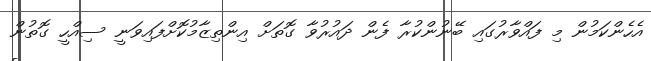
އެހެންކަމުން މި ފައްވާރުގައި ބޭނުންކުރާ ފެން ދައުރުވާ ގޮތަށް އިންތިޒާމުކޮށްފައިވަނީ ސިއްހީ ގޮތުން